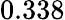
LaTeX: {0.338}